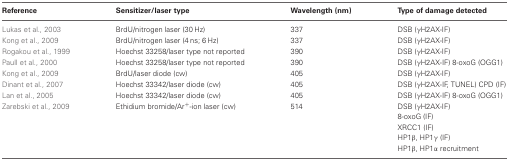
<table><thead><tr><td><b>Reference</b></td><td><b>Sensitizer/laser type</b></td><td><b>Wavelength (nm)</b></td><td><b>Type of damage detected</b></td></tr></thead><tbody><tr><td>Lukas et al., 2003</td><td>BrdU/nitrogen laser (30 Hz)</td><td>337</td><td>DSB (γH2AX-IF)</td></tr><tr><td>Kong et al., 2009</td><td>BrdU/nitrogen laser (4 ns; 6 Hz)</td><td>337</td><td>DSB (γH2AX-IF)</td></tr><tr><td>Rogakou et al., 1999</td><td>Hoechst 33258/laser type not reported</td><td>390</td><td>DSB (γH2AX-IF)</td></tr><tr><td>Paull et al., 2000</td><td>Hoechst 33258/laser type not reported</td><td>390</td><td>DSB (γH2AX-IF) 8-oxoG (OGG1)</td></tr><tr><td>Kong et al., 2009</td><td>BrdU/laser diode (cw)</td><td>405</td><td>DSB (γH2AX-IF)</td></tr><tr><td>Dinant et al., 2007</td><td>Hoechst 33342/laser diode (cw)</td><td>405</td><td>DSB (γH2AX-IF, TUNEL) CPD (IF)</td></tr><tr><td>Lan et al., 2005</td><td>Hoechst 33342/laser diode (cw)</td><td>405</td><td>DSB (γH2AX-IF) 8-oxoG (OGG1)</td></tr><tr><td>Zarebski et al., 2009</td><td>Ethidium bromide/Ar<sup>+</sup>-ion laser (cw)</td><td>514</td><td>DSB (γH2AX-IF)</td></tr><tr><td></td><td></td><td></td><td>8-oxoG (IF)</td></tr><tr><td></td><td></td><td></td><td>XRCC1 (IF)</td></tr><tr><td></td><td></td><td></td><td>HP1β, HP1γ (IF)</td></tr><tr><td></td><td></td><td></td><td>HP1β, HP1α recruitment</td></tr></tbody></table>